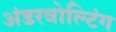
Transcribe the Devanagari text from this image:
अंडरवोल्टिंग